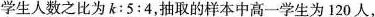
学生人数之比为k：5：4，抽取的样本中高一学生为120人，